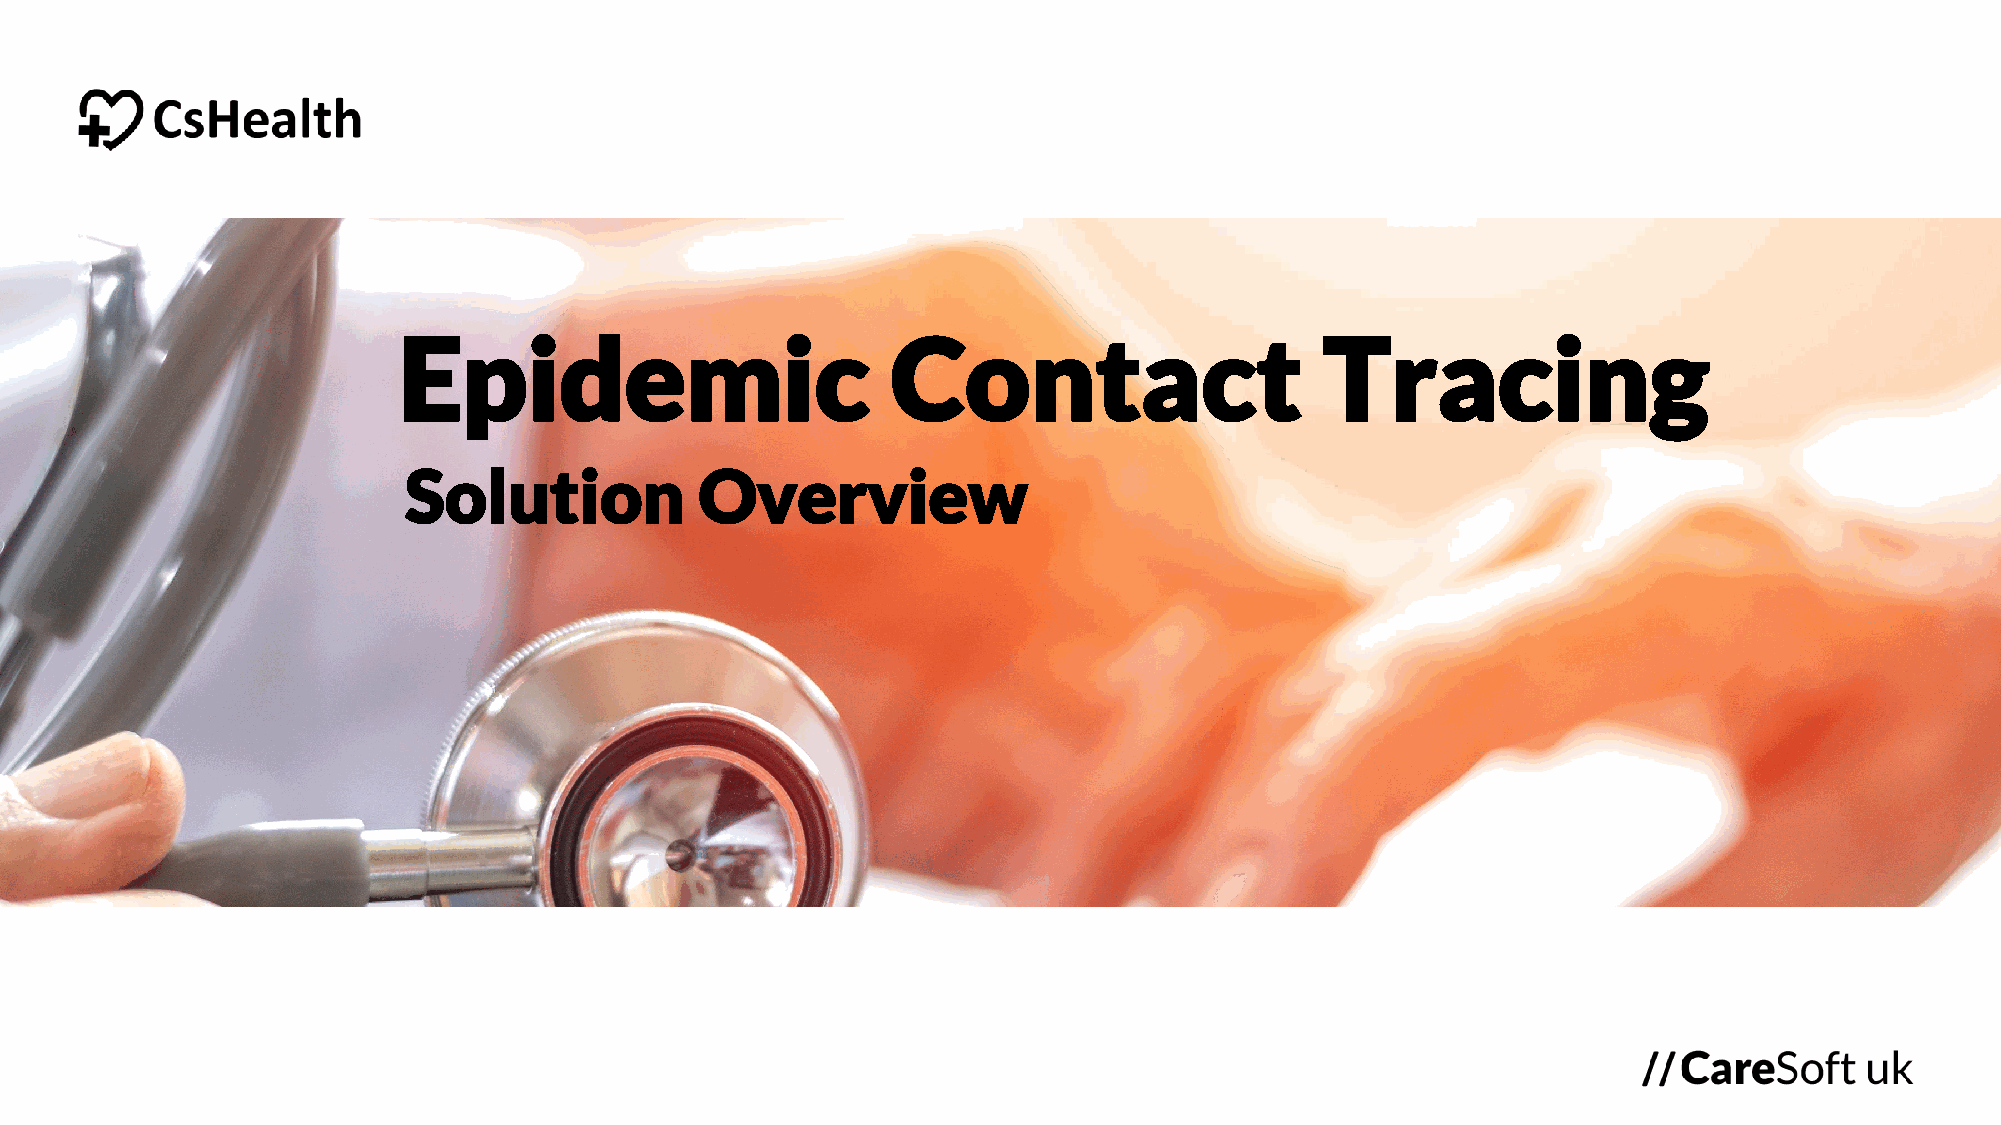
Epidemic                         Contact                      Tracing
 Solution           Overview